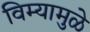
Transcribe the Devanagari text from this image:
विम्यामुळे